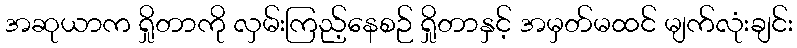
အဆုယာက ရှိုတာကို လှမ်းကြည့်နေစဉ် ရှိုတာနှင့် အမှတ်မထင် မျက်လုံးချင်း